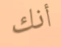
أنك